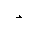
Letter: _hamza